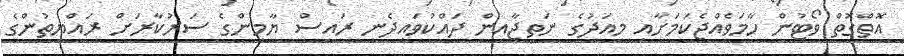
އޮތްގޮތް ވޯޓުން ހާމަވެއްޖެކަމަށާއި މިއަދުގެ ނަތީޖާއިން ދައްކުވައިދެނީ ރައީސް ޔާމީންގެ ސަރުކާރަށް ރައްޔިތުންގެ